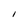
Character: I